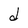
Character: d